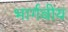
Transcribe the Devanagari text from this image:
भार्गवीय